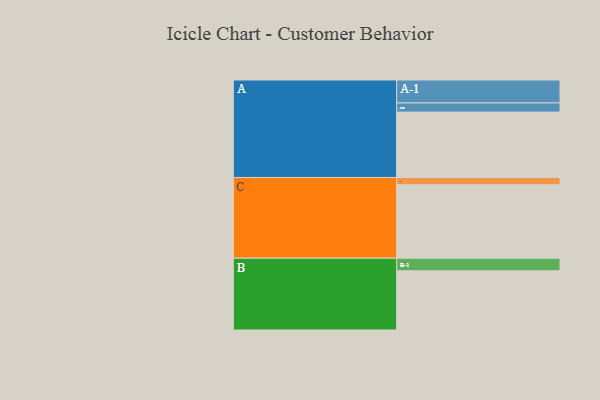
{"axis": {"x": "Segment", "y": "Value"}, "legend": ["", "A", "B", "C"], "data": [{"x": "A", "y": 519, "type": ""}, {"x": "B", "y": 470, "type": ""}, {"x": "C", "y": 583, "type": ""}, {"x": "A-1", "y": 182, "type": "A"}, {"x": "A-2", "y": 73, "type": "A"}, {"x": "B-1", "y": 100, "type": "B"}, {"x": "C-1", "y": 58, "type": "C"}]}